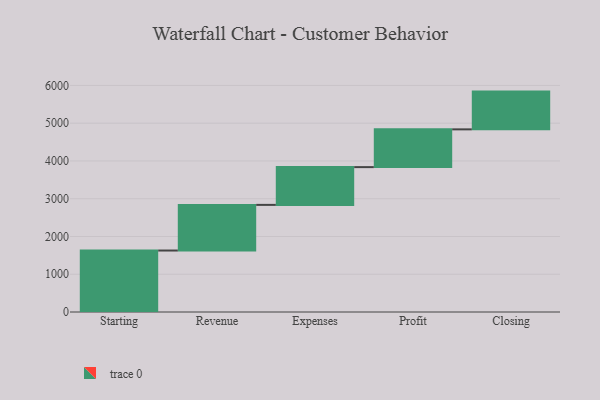
{"axis": {"x": "Step", "y": "Value"}, "legend": [""], "data": [{"x": "Starting", "y": 1628.0, "type": ""}, {"x": "Revenue", "y": 1209.0, "type": ""}, {"x": "Expenses", "y": 1000, "type": ""}, {"x": "Profit", "y": 1000, "type": ""}, {"x": "Closing", "y": 1000, "type": ""}]}